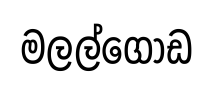
මලල්ගොඩ